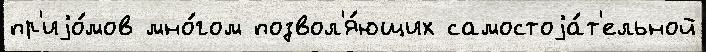
пр'иjо́мов мно́гом позвол'я́ющих самостоjа́т'ельной